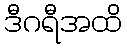
ဒီဂရီအထိ